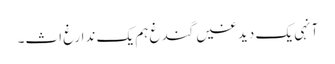
آنہی یک دیدغیں گندغ ہم یک ندارغ اث۔